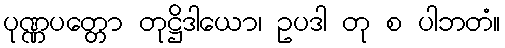
ပုဏ္ဏပတ္တော တုဋ္ဌိဒါယော၊ ဥပဒါ တု စ ပါဘတံ။